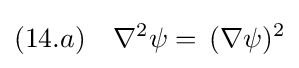
(14.a)\quad \nabla ^{2}\psi =\,(\nabla \psi )^{2}